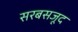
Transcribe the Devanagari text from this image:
सरबसजूद